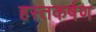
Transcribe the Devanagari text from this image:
हस्तकर्षण